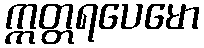
ဣတ္တရပေမော